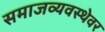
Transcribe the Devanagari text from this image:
समाजव्यवस्थेवर